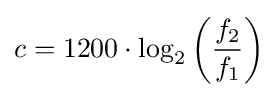
c=1200\cdot \log _{2}\left({\frac {f_{2}}{f_{1}}}\right)